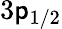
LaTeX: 3\mathsf{p}_{1/2}